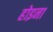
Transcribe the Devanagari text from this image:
होइना